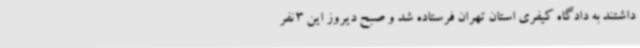
داشتند به دادگاه کیفری استان تهران فرستاده شد و صبح دیروز این 3 نفر